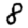
Digit: 8